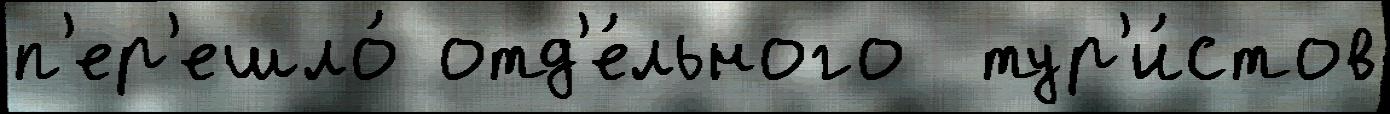
п'ер'ешло́ отд'е́льного  тур'и́стов